Riigikohus_(kohtuotsuste_protokollid), lk 8
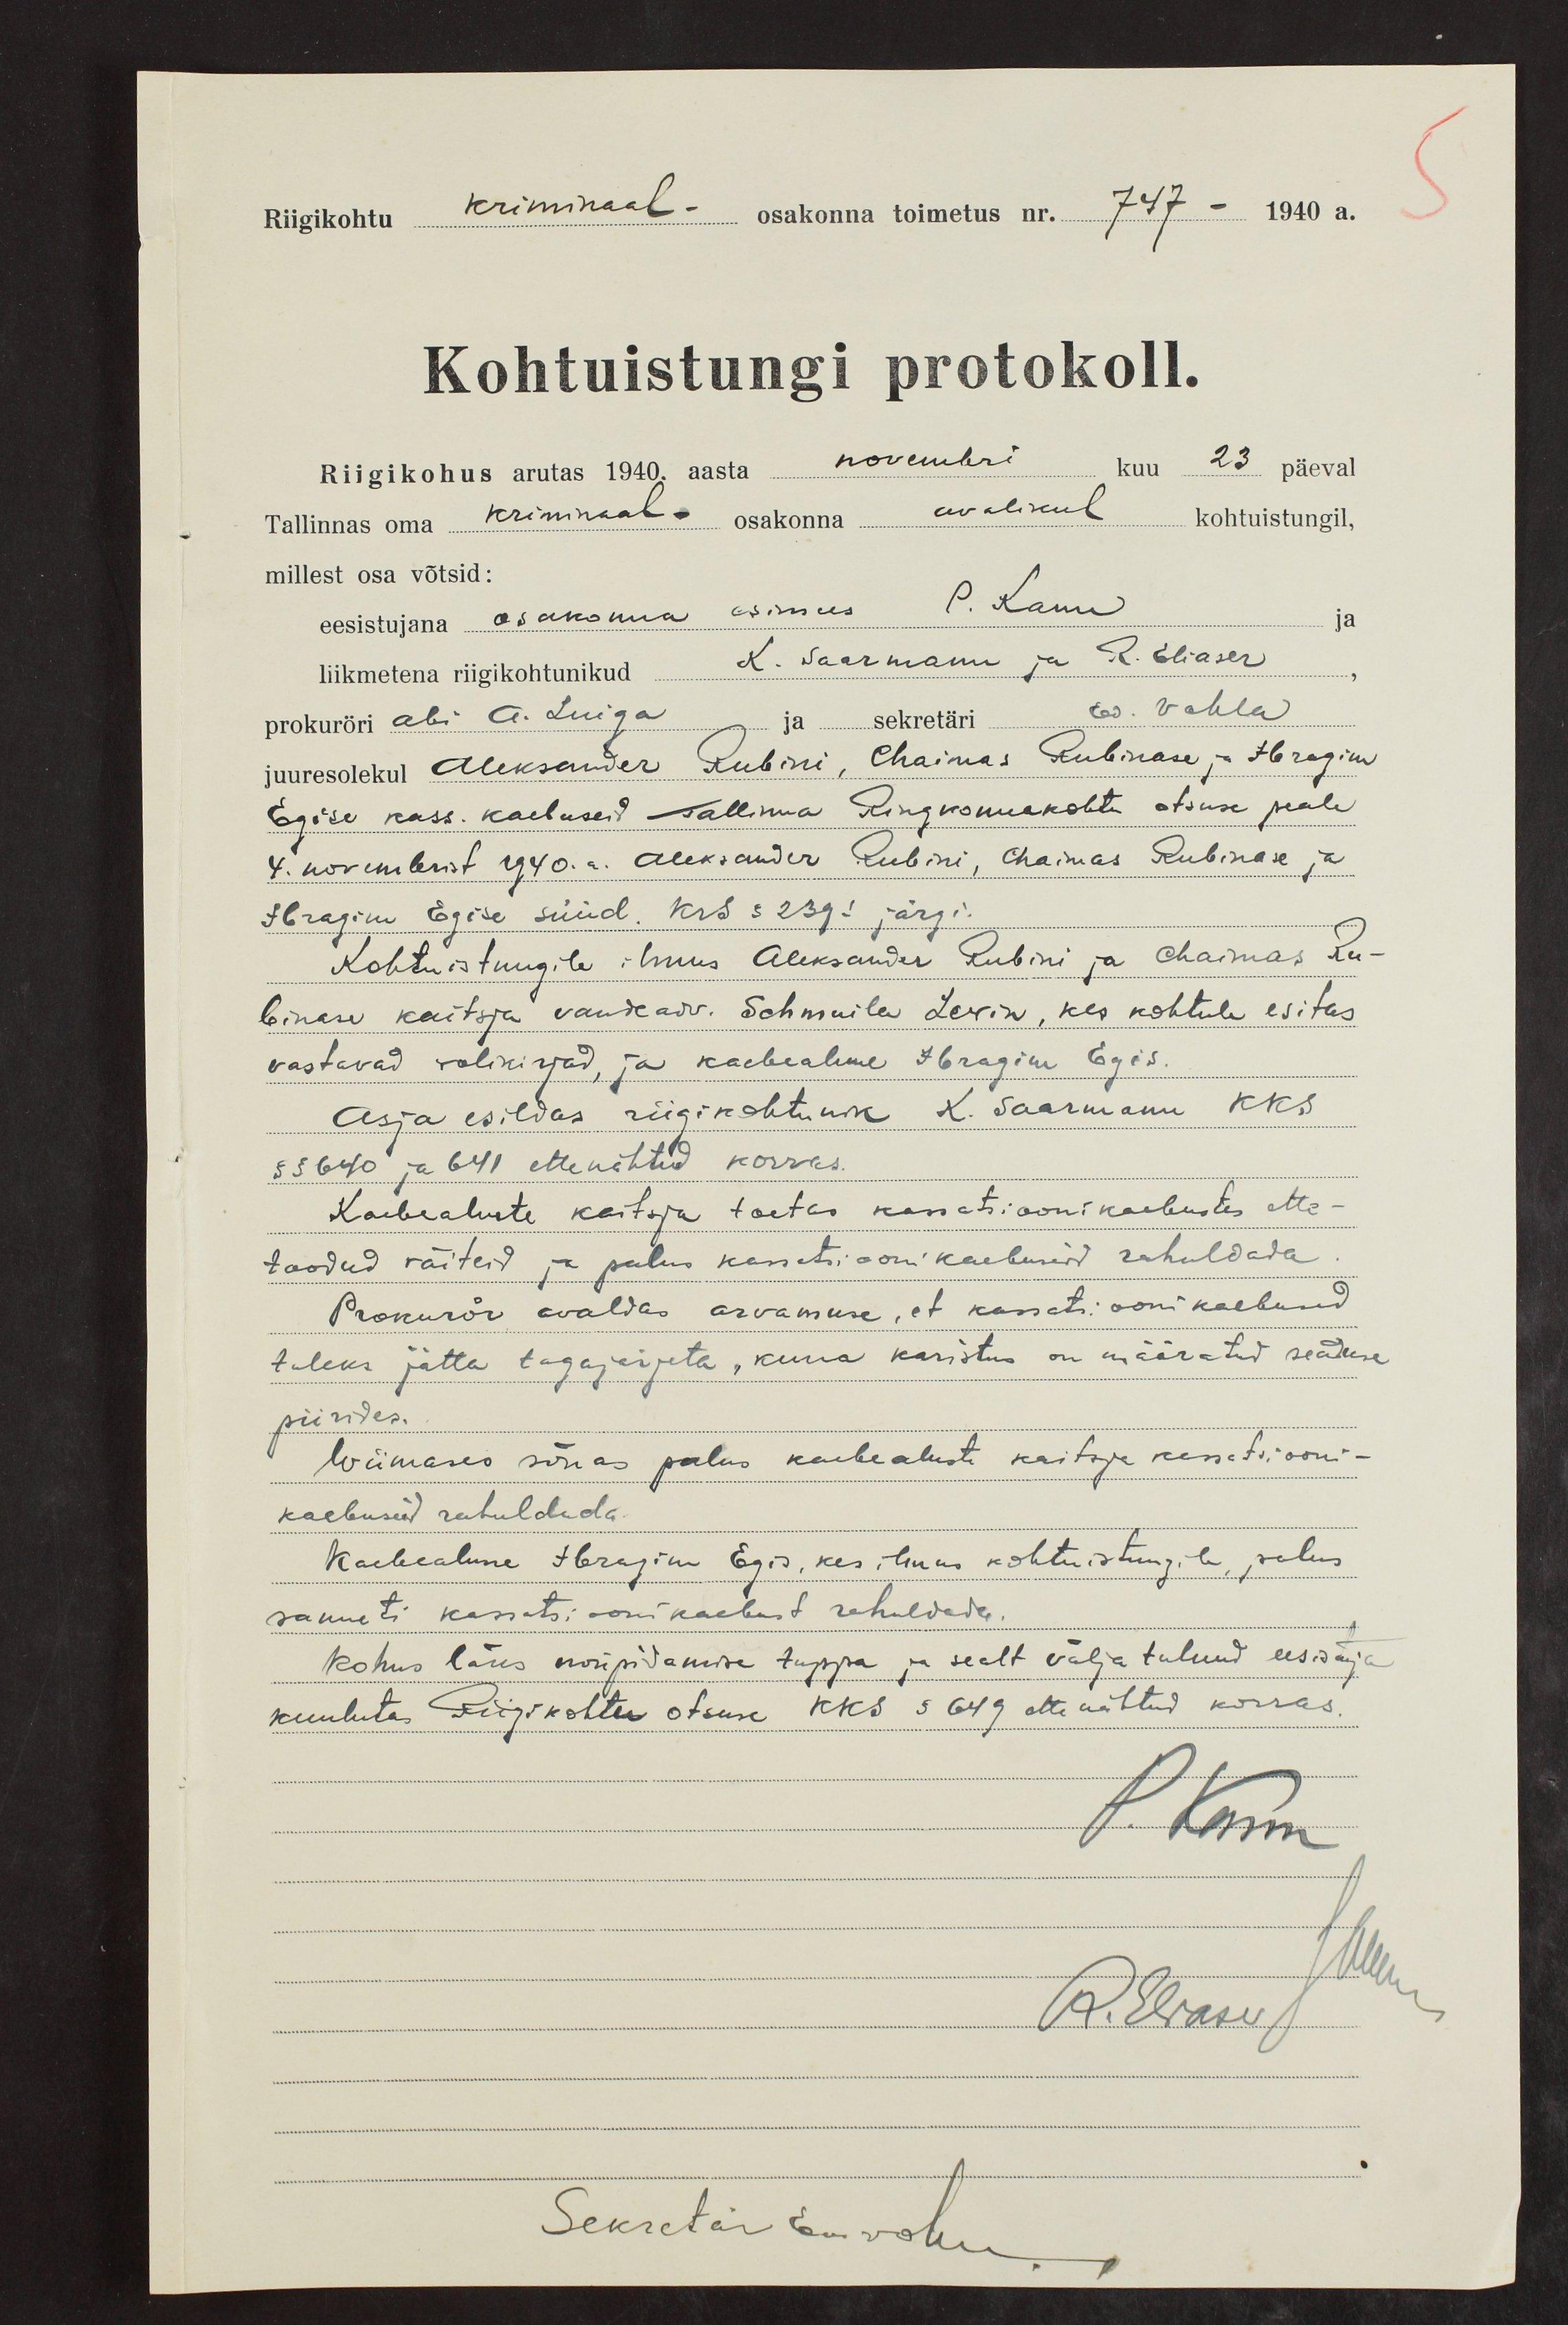
Riigikohtu kriminaal osakonna toimetus n. 747- 1940 a.
Kohtuistungi protokoll.
Riigikohus arutas 1940 aasta novembri kuu 23 päeval
Tallinnas oma kriminaal - osakonna avalikul kohtuistungil,
millest osa võtsid:
eesistujana osakonna esimees P. Kann
liikmetena riigikohtunikud K. Saarmann ja R. Eliaser
prokuröri abi A. Luiga ja sekretäri Ed. Vahla
juuresolekul Aleksander Rubini, Chainas Rubinase, - Ibragim
Egise kass. kaebuseid Tallinna Ringkonnakohta otsuse peale
4. novembrist 1940. Aleksander Rubini, Chainas Rubinase ja
Ibragin Egise süüd. KrS § 239l järgi
Kohtuistungile ilmus Aleksander Rubini ja Chainas Ru-
binase kaitsja vandeadv. Schmuila Lerin, kes kohtule esitas
vastavad volikirjad, ja kaebealune Ibragim Egis.
Asja esildas riigikohtunik K. Saarmann KKS
§ § 640 ja 641 ettenähtud korras.
Kaebealuste kaitsja toetas kassatsioonikaebustes ette-
toodud väiteid ja palus kassatsioonikaebused rahuldada
Prokurör avaldas arvamuse, et kassatsioonikaebused
tuleks jätta tagajärjeta, kuna karistus on määratud seaduse
piirides.
Wiimases sõnas palus kaebealuste kaitsja kassatsiooni-
kaebused rahuldada.
Kaebealune Ibragim Egin, kes ilmus kohtuistungile, palus
samuti kassatsioonikaebust rahuldada.
Kohus läks nõupidamise tuppa ja sealt välja tulnud eesistuja
kuulutas Riigikohtu otsuse KKS § 649 ette nähtud korras